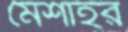
মৈশাইর